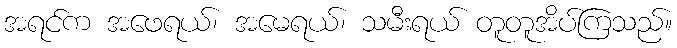
အရင်က အဖေရယ်၊ အမေရယ်၊ သမီးရယ် တူတူအိပ်ကြသည်။